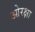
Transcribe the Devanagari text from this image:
ओरक्षा